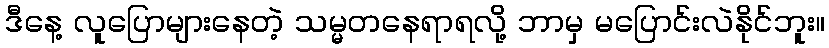
ဒီနေ့ လူပြောများနေတဲ့ သမ္မတနေရာရလို့ ဘာမှ မပြောင်းလဲနိုင်ဘူး။